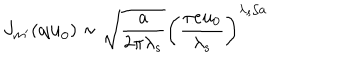
J _ { m ^ { \prime } } ( { \bf q u } _ { 0 } ) \sim \sqrt { \frac { a } { 2 \pi \lambda _ { s } } } \left( \frac { \pi e u _ { 0 } } { \lambda _ { s } } \right) ^ { \lambda _ { s } / a }